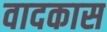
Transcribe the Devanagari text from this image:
वादकास